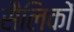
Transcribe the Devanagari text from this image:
सैलिकों